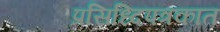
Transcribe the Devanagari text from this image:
प्रसिध्दिपत्रकात